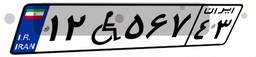
۲۲W۸۳۶۲۰